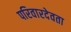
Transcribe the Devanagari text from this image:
परिवारदेवता